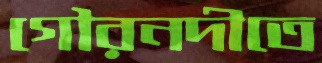
গৌরনদীতে